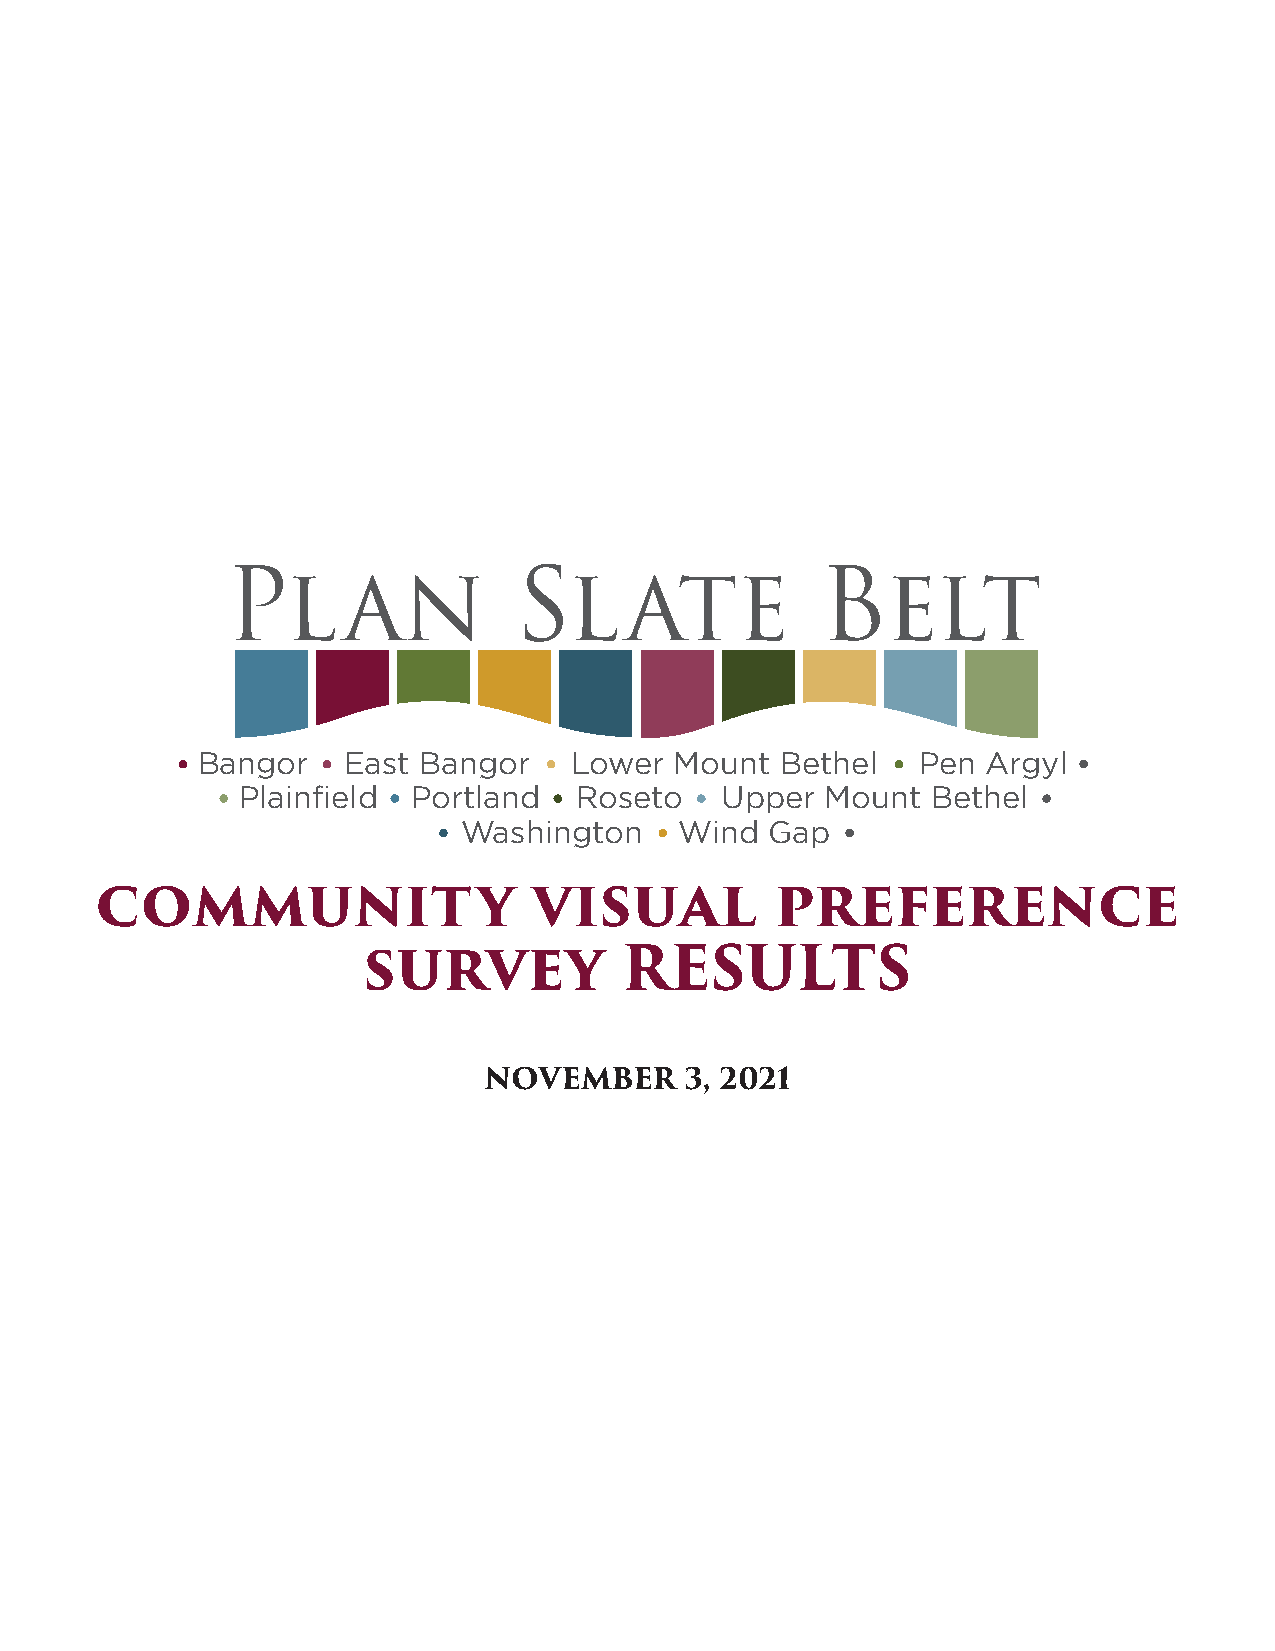
Plan               Slate               Belt
 Bangor    East Bangor    Lower  Mount  Bethel   Pen Argyl
 Plainfield Portland   Roseto    Upper  Mount  Bethel
 Washington    Wind  Gap
 community                    visual          preference
 survey           RESULTS
 NOVEMBER     3, 2021